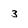
Character: 3